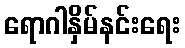
ရောဂါနှိမ်နင်းရေး